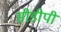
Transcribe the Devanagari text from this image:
सीडीपी